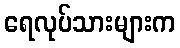
ရေလုပ်သားများက